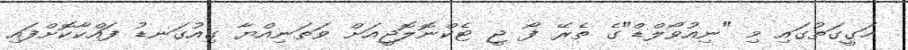
ހަގީގަތުގައި މި "ނިއުވޯލްޑް"ގެ ތެރޭ ފޯ ޖީ ޓެކްނޮލޮޖީއަށް ވަތަނިއްޔާ ގިއުގަނޑު ފައްކާކޮށްފައި